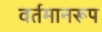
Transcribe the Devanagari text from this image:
वर्तमानरूप